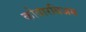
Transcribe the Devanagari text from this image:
कोवारबिअस